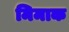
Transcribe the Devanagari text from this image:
मिमाक